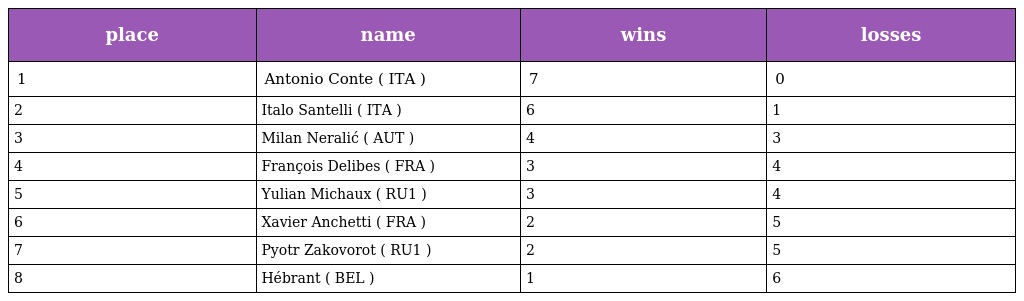
| place | name | wins | losses |
 | --- | --- | --- | --- |
 | 1 | Antonio Conte ( ITA ) | 7 | 0 |
 | 2 | Italo Santelli ( ITA ) | 6 | 1 |
 | 3 | Milan Neralić ( AUT ) | 4 | 3 |
 | 4 | François Delibes ( FRA ) | 3 | 4 |
 | 5 | Yulian Michaux ( RU1 ) | 3 | 4 |
 | 6 | Xavier Anchetti ( FRA ) | 2 | 5 |
 | 7 | Pyotr Zakovorot ( RU1 ) | 2 | 5 |
 | 8 | Hébrant ( BEL ) | 1 | 6 |